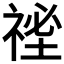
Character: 𥚐